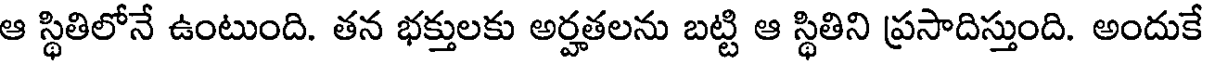
ఆ స్థితిలోనే ఉంటుంది. తన భక్తులకు అర్హతలను బట్టి ఆ స్థితిని ప్రసాదిస్తుంది. అందుకే